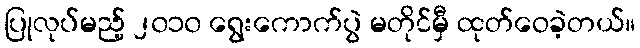
ပြုလုပ်မည့် ၂၀၁၀ ရွေးကောက်ပွဲ မတိုင်မှီ ထုတ်ဝေခဲ့တယ်။